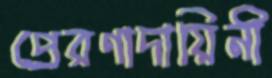
প্রেরণাদায়িনী